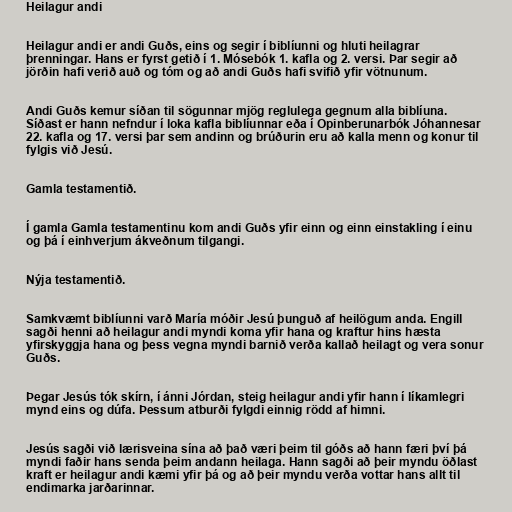
Heilagur andi

Heilagur andi er andi Guðs, eins og segir í biblíunni og hluti heilagrar
þrenningar. Hans er fyrst getið í 1. Mósebók 1. kafla og 2. versi. Þar segir að
jörðin hafi verið auð og tóm og að andi Guðs hafi svifið yfir vötnunum.

Andi Guðs kemur síðan til sögunnar mjög reglulega gegnum alla biblíuna.
Síðast er hann nefndur í loka kafla biblíunnar eða í Opinberunarbók Jóhannesar
22. kafla og 17. versi þar sem andinn og brúðurin eru að kalla menn og konur til
fylgis við Jesú.

Gamla testamentið.

Í gamla Gamla testamentinu kom andi Guðs yfir einn og einn einstakling í einu
og þá í einhverjum ákveðnum tilgangi.

Nýja testamentið.

Samkvæmt biblíunni varð María móðir Jesú þunguð af heilögum anda. Engill
sagði henni að heilagur andi myndi koma yfir hana og kraftur hins hæsta
yfirskyggja hana og þess vegna myndi barnið verða kallað heilagt og vera sonur
Guðs.

Þegar Jesús tók skírn, í ánni Jórdan, steig heilagur andi yfir hann í líkamlegri
mynd eins og dúfa. Þessum atburði fylgdi einnig rödd af himni.

Jesús sagði við lærisveina sína að það væri þeim til góðs að hann færi því þá
myndi faðir hans senda þeim andann heilaga. Hann sagði að þeir myndu öðlast
kraft er heilagur andi kæmi yfir þá og að þeir myndu verða vottar hans allt til
endimarka jarðarinnar.